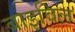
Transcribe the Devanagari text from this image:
बाइविल